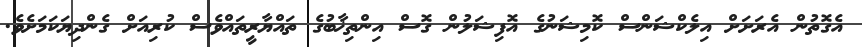
އެގޮތުން އެރަށަށް އިލެކްޝަންސް ކޮމިޝަނުގެ އޮފިޝަލުން ގޮސް އިންތިޚާބުގެ ތައްޔާރީތައްވެސް ކުރިއަށް ގެންދިޔަކަމަށެވެ.